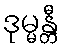
ဒုမ္မန္တီ